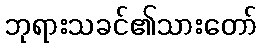
ဘုရားသခင်၏သားတော်